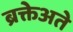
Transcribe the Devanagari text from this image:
ब्रक्तेअते